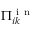
\Pi _ { i k } ^ { \mathrm { ~ i ~ n ~ } }